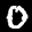
Label: 0